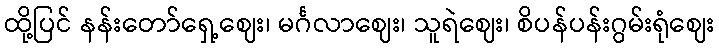
ထို့ပြင် နန်းတော်ရှေ့ဈေး၊ မင်္ဂလာဈေး၊ သူရဲဈေး၊ စိပန်ပန်းဂွမ်းရုံဈေး